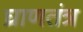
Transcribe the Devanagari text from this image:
घ्राणतंत्र